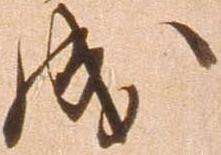
成